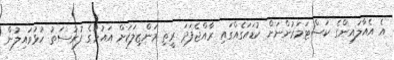
އެ އެއާލައިންގެ ކަސްޓަމަރުންނަށް ކުޑައަގެއްގައި ރާއްޖެފަދަ ރީތި މަންޒިލަކަށް އައުމުގެ ފުރުސަތު ހުޅުވައިލުން